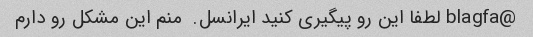
@blagfa لطفا این رو پیگیری کنید ایرانسل.  منم این مشکل رو دارم